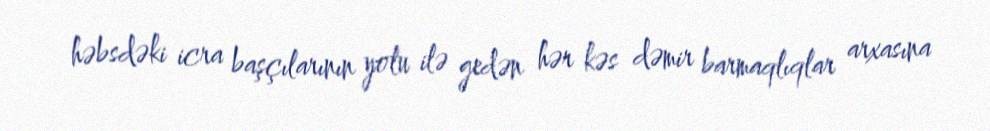
həbsdəki icra başçılarının yolu ilə gedən hər kəs dəmir barmaqlıqlar arxasına